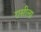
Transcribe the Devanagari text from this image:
रासीला